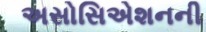
અસોસિએશનની